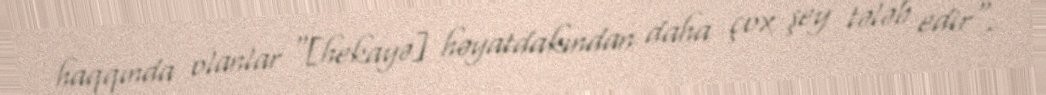
haqqında olanlar "[hekayə] həyatdakından daha çox şey tələb edir".